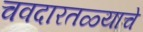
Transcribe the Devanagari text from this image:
चवदारतळ्याचे